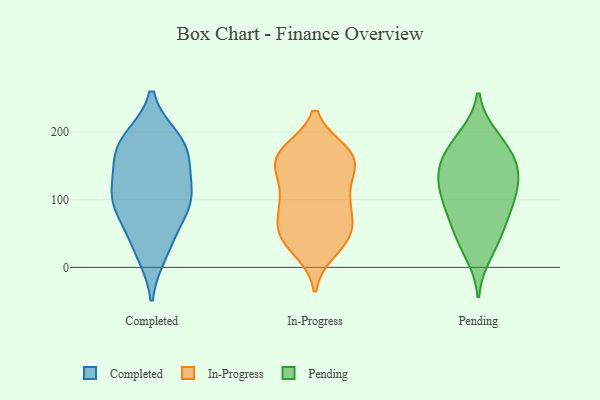
{"axis": {"x": "Waste Production (Tons)", "y": "Value"}, "legend": ["Completed", "In-Progress", "Pending"], "data": [{"x": "", "y": 22, "type": "Completed"}, {"x": "", "y": 113, "type": "Completed"}, {"x": "", "y": 118, "type": "Completed"}, {"x": "", "y": 189, "type": "Completed"}, {"x": "", "y": 89, "type": "Completed"}, {"x": "", "y": 183, "type": "Completed"}, {"x": "", "y": 165, "type": "Completed"}, {"x": "", "y": 114, "type": "Completed"}, {"x": "", "y": 75, "type": "Completed"}, {"x": "", "y": 184, "type": "Completed"}, {"x": "", "y": 34, "type": "Completed"}, {"x": "", "y": 90, "type": "Completed"}, {"x": "", "y": 161, "type": "Completed"}, {"x": "", "y": 167, "type": "In-Progress"}, {"x": "", "y": 38, "type": "In-Progress"}, {"x": "", "y": 153, "type": "In-Progress"}, {"x": "", "y": 98, "type": "In-Progress"}, {"x": "", "y": 101, "type": "In-Progress"}, {"x": "", "y": 118, "type": "In-Progress"}, {"x": "", "y": 50, "type": "In-Progress"}, {"x": "", "y": 161, "type": "In-Progress"}, {"x": "", "y": 26, "type": "In-Progress"}, {"x": "", "y": 105, "type": "In-Progress"}, {"x": "", "y": 170, "type": "In-Progress"}, {"x": "", "y": 157, "type": "In-Progress"}, {"x": "", "y": 67, "type": "In-Progress"}, {"x": "", "y": 156, "type": "In-Progress"}, {"x": "", "y": 74, "type": "In-Progress"}, {"x": "", "y": 43, "type": "In-Progress"}, {"x": "", "y": 167, "type": "In-Progress"}, {"x": "", "y": 52, "type": "In-Progress"}, {"x": "", "y": 98, "type": "Pending"}, {"x": "", "y": 159, "type": "Pending"}, {"x": "", "y": 78, "type": "Pending"}, {"x": "", "y": 45, "type": "Pending"}, {"x": "", "y": 147, "type": "Pending"}, {"x": "", "y": 170, "type": "Pending"}, {"x": "", "y": 190, "type": "Pending"}, {"x": "", "y": 45, "type": "Pending"}, {"x": "", "y": 79, "type": "Pending"}, {"x": "", "y": 109, "type": "Pending"}, {"x": "", "y": 136, "type": "Pending"}, {"x": "", "y": 20, "type": "Pending"}, {"x": "", "y": 108, "type": "Pending"}, {"x": "", "y": 193, "type": "Pending"}, {"x": "", "y": 150, "type": "Pending"}, {"x": "", "y": 128, "type": "Pending"}]}